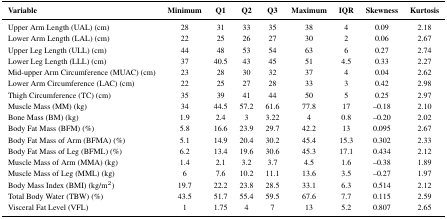
<table><thead><tr><td><b>Variable</b></td><td><b>Minimum</b></td><td><b>Q1</b></td><td><b>Q2</b></td><td><b>Q3</b></td><td><b>Maximum</b></td><td><b>IQR</b></td><td><b>Skewness</b></td><td><b>Kurtosis</b></td></tr></thead><tbody><tr><td>Upper Arm Length (UAL) (cm)</td><td>28</td><td>31</td><td>33</td><td>35</td><td>38</td><td>4</td><td>0.09</td><td>2.18</td></tr><tr><td>Lower Arm Length (LAL) (cm)</td><td>22</td><td>25</td><td>26</td><td>27</td><td>30</td><td>2</td><td>0.06</td><td>2.67</td></tr><tr><td>Upper Leg Length (ULL) (cm)</td><td>44</td><td>48</td><td>53</td><td>54</td><td>63</td><td>6</td><td>0.27</td><td>2.74</td></tr><tr><td>Lower Leg Length (LLL) (cm)</td><td>37</td><td>40.5</td><td>43</td><td>45</td><td>51</td><td>4.5</td><td>0.33</td><td>2.27</td></tr><tr><td>Mid-upper Arm Circumference (MUAC) (cm)</td><td>23</td><td>28</td><td>30</td><td>32</td><td>37</td><td>4</td><td>0.04</td><td>2.62</td></tr><tr><td>Lower Arm Circumference (LAC) (cm)</td><td>22</td><td>25</td><td>27</td><td>28</td><td>33</td><td>3</td><td>0.42</td><td>2.98</td></tr><tr><td>Thigh Circumference (TC) (cm)</td><td>35</td><td>39</td><td>41</td><td>44</td><td>50</td><td>5</td><td>0.25</td><td>2.97</td></tr><tr><td>Muscle Mass (MM) (kg)</td><td>34</td><td>44.5</td><td>57.2</td><td>61.6</td><td>77.8</td><td>17</td><td>−0.18</td><td>2.10</td></tr><tr><td>Bone Mass (BM) (kg)</td><td>1.9</td><td>2.4</td><td>3</td><td>3.22</td><td>4</td><td>0.8</td><td>−0.20</td><td>2.02</td></tr><tr><td>Body Fat Mass (BFM) (%)</td><td>5.8</td><td>16.6</td><td>23.9</td><td>29.7</td><td>42.2</td><td>13</td><td>0.095</td><td>2.67</td></tr><tr><td>Body Fat Mass of Arm (BFMA) (%)</td><td>5.1</td><td>14.9</td><td>20.4</td><td>30.2</td><td>45.4</td><td>15.3</td><td>0.302</td><td>2.33</td></tr><tr><td>Body Fat Mass of Leg (BFML) (%)</td><td>6.2</td><td>13.4</td><td>19.6</td><td>30.6</td><td>45.3</td><td>17.1</td><td>0.434</td><td>2.12</td></tr><tr><td>Muscle Mass of Arm (MMA) (kg)</td><td>1.4</td><td>2.1</td><td>3.2</td><td>3.7</td><td>4.5</td><td>1.6</td><td>−0.38</td><td>1.89</td></tr><tr><td>Muscle Mass of Leg (MML) (kg)</td><td>6</td><td>7.6</td><td>10.2</td><td>11.1</td><td>13.6</td><td>3.5</td><td>−0.27</td><td>1.97</td></tr><tr><td>Body Mass Index (BMI) (kg/m<sup>2</sup>)</td><td>19.7</td><td>22.2</td><td>23.8</td><td>28.5</td><td>33.1</td><td>6.3</td><td>0.514</td><td>2.12</td></tr><tr><td>Total Body Water (TBW) (%)</td><td>43.5</td><td>51.7</td><td>55.4</td><td>59.5</td><td>67.6</td><td>7.7</td><td>0.115</td><td>2.59</td></tr><tr><td>Visceral Fat Level (VFL)</td><td>1</td><td>1.75</td><td>4</td><td>7</td><td>13</td><td>5.2</td><td>0.807</td><td>2.65</td></tr></tbody></table>